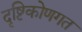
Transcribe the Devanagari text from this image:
दृष्टिकोणगत